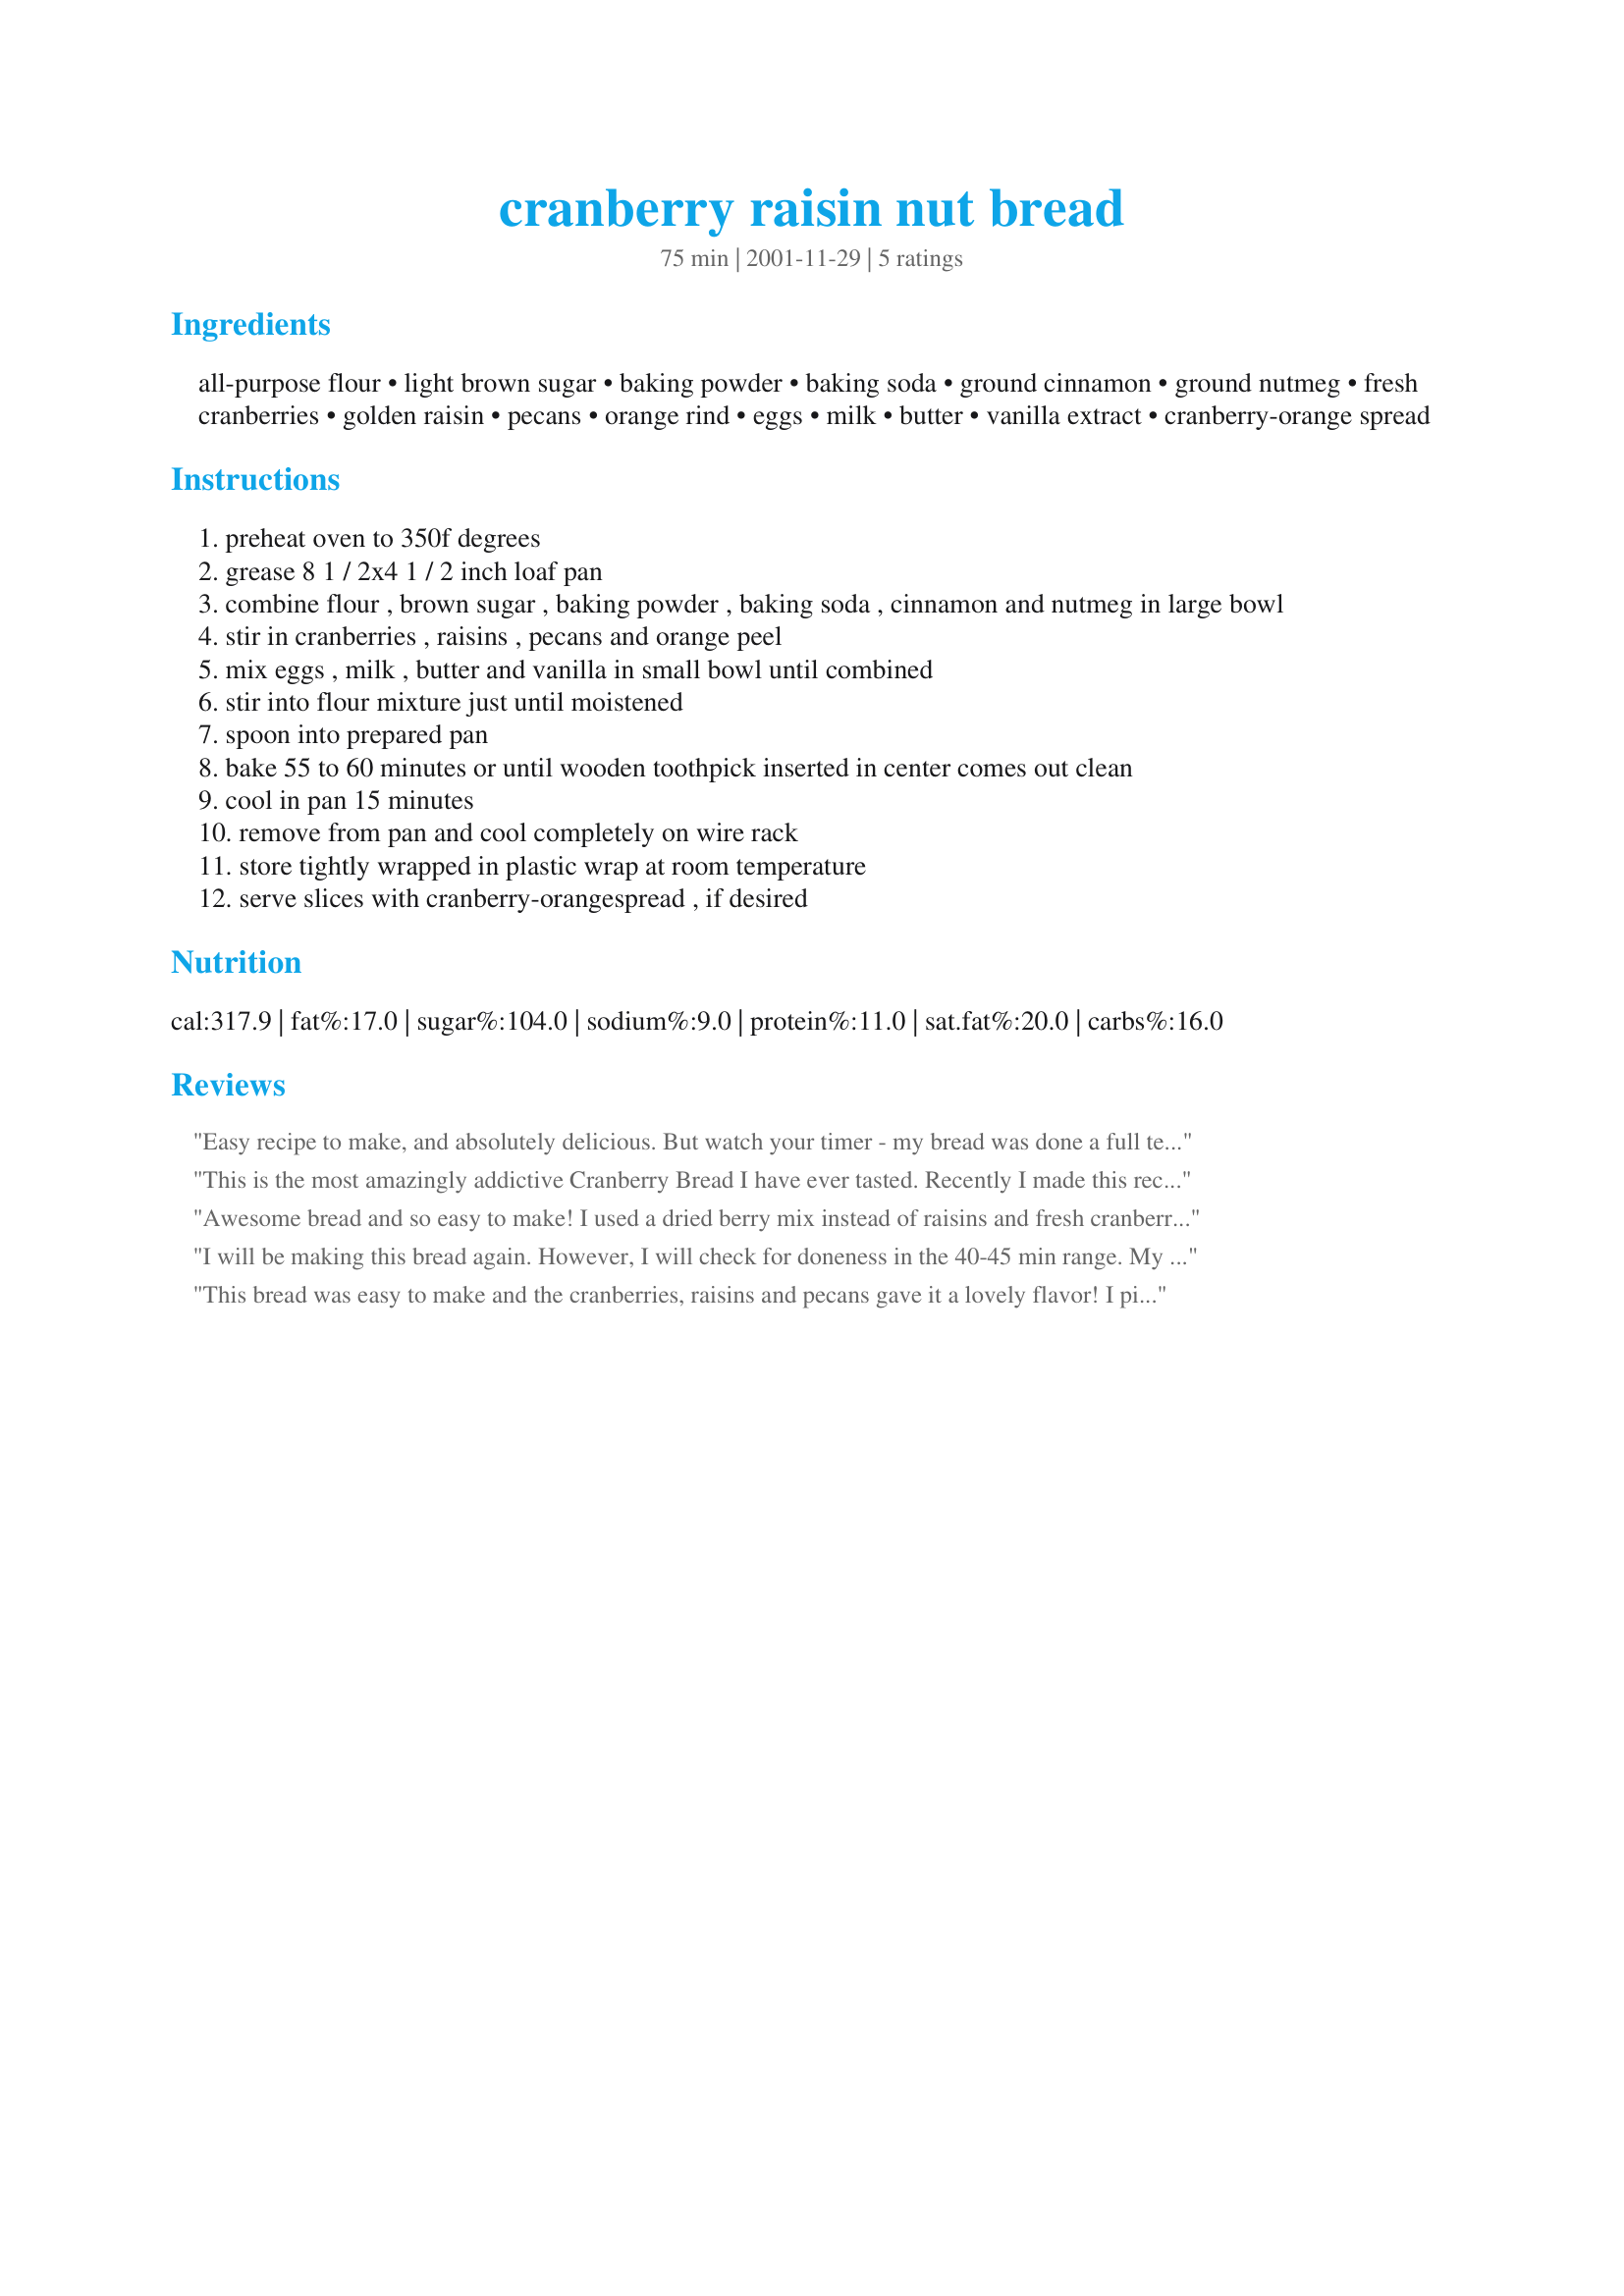
cranberry raisin nut bread
Preparation time: 75 minutes

Ingredients:
all-purpose flour, light brown sugar, baking powder, baking soda, ground cinnamon, ground nutmeg, fresh cranberries, golden raisin, pecans, orange rind, eggs, milk, butter, vanilla extract, cranberry-orange spread

Steps:
preheat oven to 350f degrees
grease 8 1 / 2x4 1 / 2 inch loaf pan
combine flour , brown sugar , baking powder , baking soda , cinnamon and nutmeg in large bowl
stir in cranberries , raisins , pecans and orange peel
mix eggs , milk , butter and vanilla in small bowl until combined
stir into flour mixture just until moistened
spoon into prepared pan
bake 55 to 60 minutes or until wooden toothpick inserted in center comes out clean
cool in pan 15 minutes
remove from pan and cool completely on wire rack
store tightly wrapped in plastic wrap at room temperature
serve slices with cranberry-orangespread , if desired

Reviews:
Easy recipe to make, and absolutely delicious. But watch your timer - my bread was done a full ten minutes before I expected.
This is the most amazingly addictive Cranberry Bread I have ever tasted. Recently I made this recipe for a potluck and was lucky to have one slice for myself.LOL Thank you for the terrific recipe.I will definitely make this again. :)
Awesome bread and so easy to make! I used a dried berry mix instead of raisins and fresh cranberries and substituted walnuts for pecans. Thanks!
I will be making this bread again. However, I will check for doneness in the 40-45 min range. My bread was overdone when I checked it at 48 min. I used walnuts that I had on hand and used brown sugar sub. I didn't have any orange peel, so left that out. Thanks, RecipeNut.
This bread was easy to make and the cranberries, raisins and pecans gave it a lovely flavor! I picked this for the ingredient game and so glad I did! Thanks Recipenut, sorry I was so late on my review.
